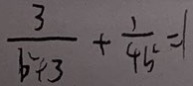
\frac { 3 } { b ^ { 2 } + 3 } + \frac { 1 } { 4 b ^ { 2 } } = 1